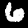
Label: 6